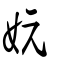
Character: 妧